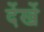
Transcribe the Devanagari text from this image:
देंखें